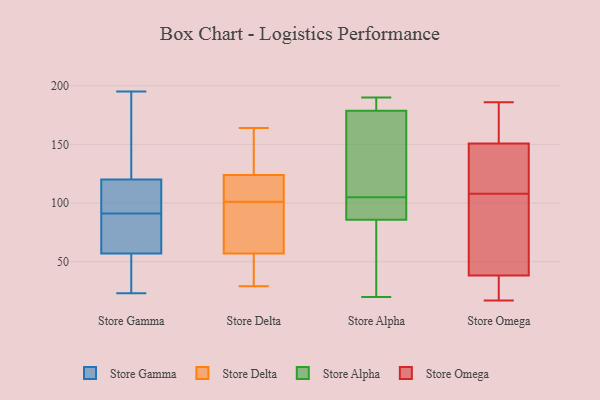
{"axis": {"x": "Inventory Turnover", "y": "Value"}, "legend": ["Store Alpha", "Store Delta", "Store Gamma", "Store Omega"], "data": [{"x": "", "y": 90, "type": "Store Gamma"}, {"x": "", "y": 57, "type": "Store Gamma"}, {"x": "", "y": 102, "type": "Store Gamma"}, {"x": "", "y": 23, "type": "Store Gamma"}, {"x": "", "y": 120, "type": "Store Gamma"}, {"x": "", "y": 92, "type": "Store Gamma"}, {"x": "", "y": 26, "type": "Store Gamma"}, {"x": "", "y": 151, "type": "Store Gamma"}, {"x": "", "y": 47, "type": "Store Gamma"}, {"x": "", "y": 195, "type": "Store Gamma"}, {"x": "", "y": 94, "type": "Store Gamma"}, {"x": "", "y": 68, "type": "Store Gamma"}, {"x": "", "y": 72, "type": "Store Gamma"}, {"x": "", "y": 58, "type": "Store Gamma"}, {"x": "", "y": 107, "type": "Store Gamma"}, {"x": "", "y": 136, "type": "Store Gamma"}, {"x": "", "y": 53, "type": "Store Gamma"}, {"x": "", "y": 190, "type": "Store Gamma"}, {"x": "", "y": 164, "type": "Store Delta"}, {"x": "", "y": 106, "type": "Store Delta"}, {"x": "", "y": 106, "type": "Store Delta"}, {"x": "", "y": 96, "type": "Store Delta"}, {"x": "", "y": 45, "type": "Store Delta"}, {"x": "", "y": 127, "type": "Store Delta"}, {"x": "", "y": 29, "type": "Store Delta"}, {"x": "", "y": 57, "type": "Store Delta"}, {"x": "", "y": 124, "type": "Store Delta"}, {"x": "", "y": 79, "type": "Store Delta"}, {"x": "", "y": 20, "type": "Store Alpha"}, {"x": "", "y": 190, "type": "Store Alpha"}, {"x": "", "y": 91, "type": "Store Alpha"}, {"x": "", "y": 76, "type": "Store Alpha"}, {"x": "", "y": 85, "type": "Store Alpha"}, {"x": "", "y": 186, "type": "Store Alpha"}, {"x": "", "y": 88, "type": "Store Alpha"}, {"x": "", "y": 105, "type": "Store Alpha"}, {"x": "", "y": 111, "type": "Store Alpha"}, {"x": "", "y": 163, "type": "Store Alpha"}, {"x": "", "y": 184, "type": "Store Alpha"}, {"x": "", "y": 151, "type": "Store Omega"}, {"x": "", "y": 96, "type": "Store Omega"}, {"x": "", "y": 168, "type": "Store Omega"}, {"x": "", "y": 42, "type": "Store Omega"}, {"x": "", "y": 37, "type": "Store Omega"}, {"x": "", "y": 125, "type": "Store Omega"}, {"x": "", "y": 109, "type": "Store Omega"}, {"x": "", "y": 36, "type": "Store Omega"}, {"x": "", "y": 186, "type": "Store Omega"}, {"x": "", "y": 17, "type": "Store Omega"}, {"x": "", "y": 156, "type": "Store Omega"}, {"x": "", "y": 79, "type": "Store Omega"}, {"x": "", "y": 19, "type": "Store Omega"}, {"x": "", "y": 150, "type": "Store Omega"}, {"x": "", "y": 108, "type": "Store Omega"}]}